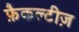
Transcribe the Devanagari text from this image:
फ़ैकल्टीज़